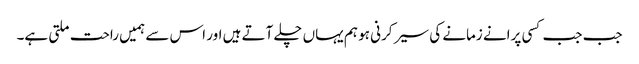
جب جب کسی پرانے زمانے کی سیر کرنی ہو ہم یہاں چلے آتے ہیں اور اس سے ہمیں راحت ملتی ہے۔